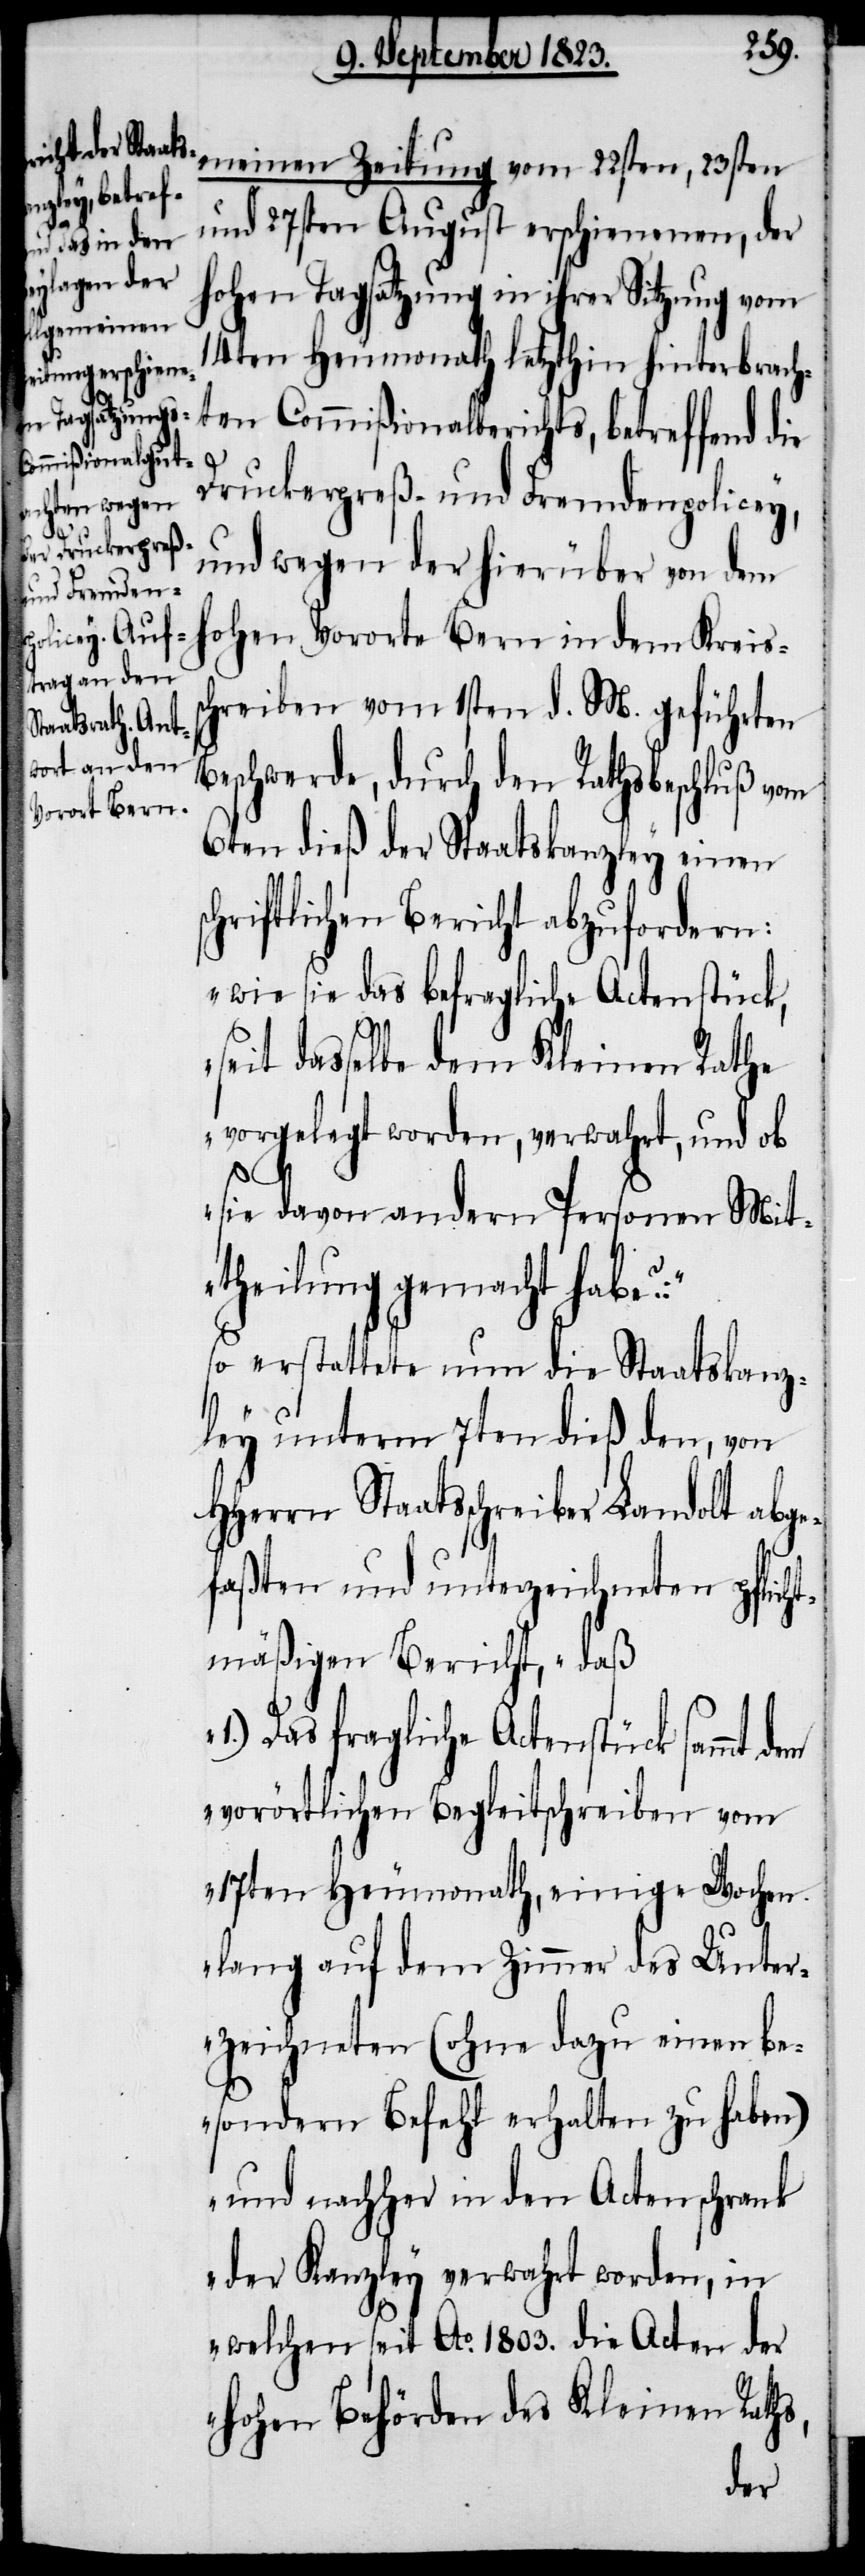
H¬

meinen Zeitung vom 22sten, 23sten
und 27sten August erschienenen, der
hohen Tagsatzung in ihrer Sitzung vom
14ten Heumonath letzthin hinterbrach¬
ten Commißionalberichts, betreffend die
Druckerpreß- und Fremdenpolicey,
und wegen der hierüber von dem
hohen Vororte Bern in dem Kreiss¬
chreiben vom 1sten d. M: geführten
Beschwerde, durch den Rathsbeschluß vom
6ten dieß der Staatskanzley einen
chriftlichen Bericht abzufordern:
„wie sie das befragliche Actenstück,
seit dasselbe dem Kleinen Rathe
vorgelegt worden, verwahrt, und ob
sie davon andern Personen Mit¬
theilung gemacht habe?:“
so erstattete nun die Staatskanz¬
ley unterm 7ten dieß den, von
Herrn Staatsschreiber Landolt abg¬
efaßten und unterzeichneten pflicht¬
mäßigen Bericht, „daß
1.) Das fragliche Actenstück sammt
vorörtlichen Begleitschreiben vom
17ten Heumonath, einige Wochen
lang auf dem Zimmer des Unter¬
zeichneten (ohne dazu einen be¬
sondern Befehl erhalten zu haben)
und nachher in den Actenschrank
der Kanzley verwahrt worden, in
welchen seit Ao. 1803. die Acten der
hohen Behörden des Kleinen Raths,